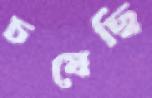
চষেছি